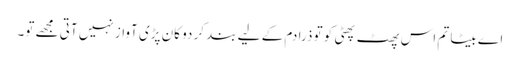
اے بیٹا تم اس پھٹ پھٹی کو تو ذرا دم کے لیے بند کر دو کان پڑی آواز نہیں آتی مجھے تو۔